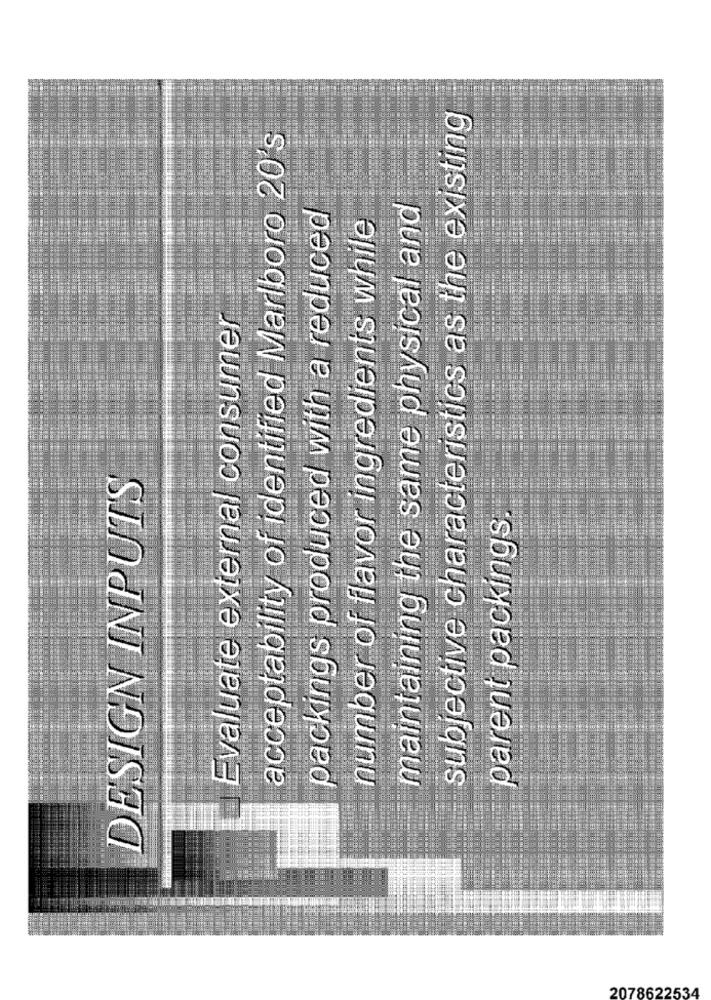
subjective characteristics as the existing
acceptability of identified Marlboro 20's
maintaining the same physical and
packings produced with a reduced
number of flavor ingredients while
Evaluate external consumer
DESIGN INPUTS
parent packings
2078622534